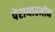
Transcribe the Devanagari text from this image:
पेराथारमोन